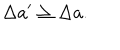
\Delta a ^ { \prime } \geq \Delta a .